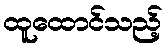
ထူထောင်သည့်